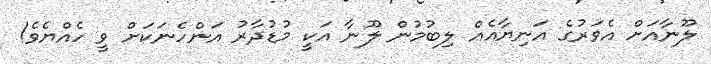
ލޫނާއަށް އެވަރުގެ އަނިޔާއެއް ލިބުމުން ލޫނާ އަކީ މުޑުދާރު އަންހެނަކަށް ވީ ހެއްޔެވެ!